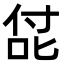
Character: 㖚